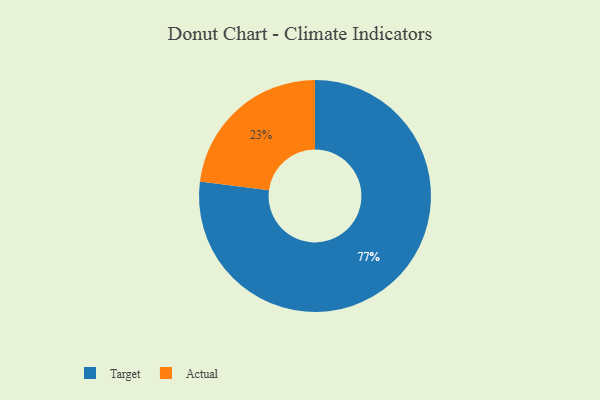
{"axis": {"x": "Category", "y": "Percentage"}, "legend": ["Actual", "Target"], "data": [{"x": "Target", "y": 77, "type": "Target"}, {"x": "Actual", "y": 23, "type": "Actual"}]}